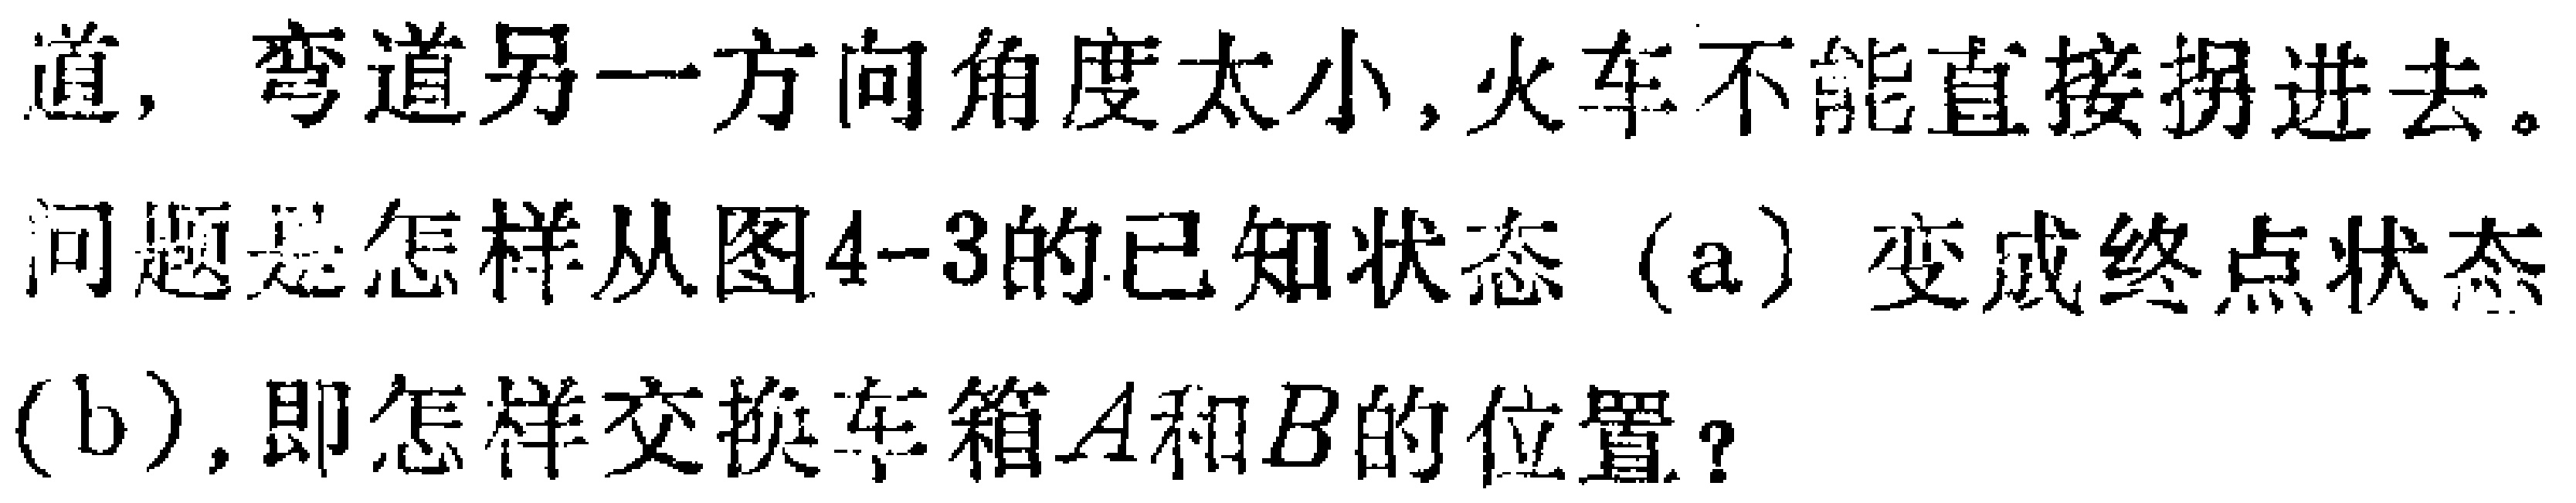
道，弯道另一方向角度太小, 火车不能直接拐进去。

问题是怎样从图4-3的已知状态（a）变成终点状态

（b）, 即怎样交换车箱\(A\)和\(B\)的位置？